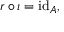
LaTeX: r \circ \iota = \operatorname { i d } _ { A } ,